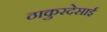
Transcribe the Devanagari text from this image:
ठाकुरदेसाई